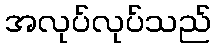
အလုပ်လုပ်သည်